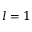
l = 1